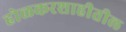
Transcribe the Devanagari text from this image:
होळकरशाहीतील